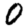
Digit: 0